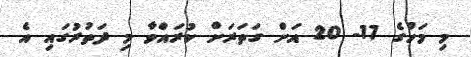
މި މަހުގެ 17- 20 އަށް ގަތަރަށް ކުރައްވާ މި ދަތުރުގައި އެ